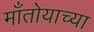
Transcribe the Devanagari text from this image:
माँतोयाच्या